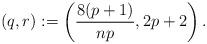
LaTeX: \begin{align*} ( q, r):= \left(\frac{8(p+1)}{np},2p+2\right).\end{align*}